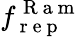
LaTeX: f_{\mathrm{~r~e~p~}}^{\mathrm{~R~a~m~}}